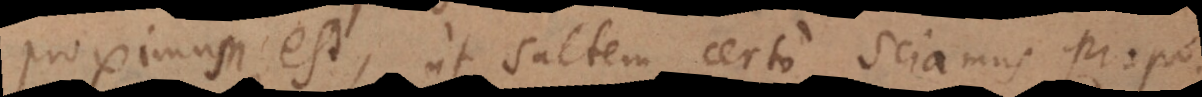
proximum est ut saltem certo sciamus propos